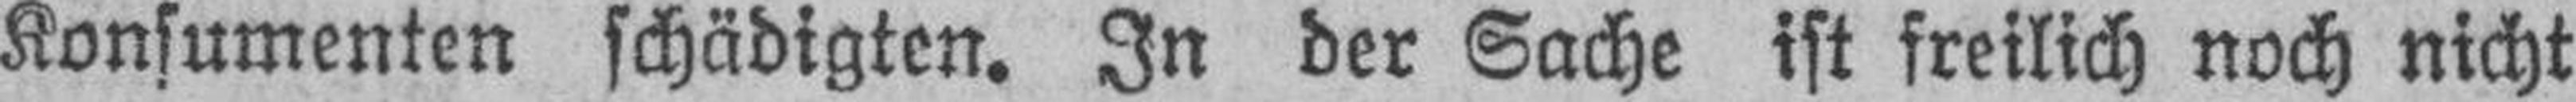
Konsumenten schädigten. In der Sache ist freilich noch nicht